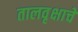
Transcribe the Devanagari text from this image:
तालवृक्षाचे